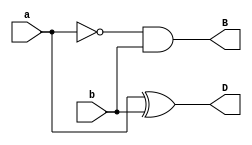
module half_subtractor(input a, b, output D, B);
  assign D = a ^ b;
  assign B = ~a & b;
endmodule

module tb_top;
  reg a, b;
  wire D, B;
  
  half_subtractor hs(a, b, D, B);
  
  initial begin
    $monitor("At time %0t: a=%b b=%b, difference=%b, borrow=%b",$time, a,b,D,B);
    a = 0; b = 0;
    #1;
    a = 0; b = 1;
    #1;
    a = 1; b = 0;
    #1;
    a = 1; b = 1;
  end
endmodule